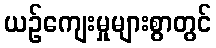
ယဉ်ကျေးမှုများစွာတွင်